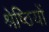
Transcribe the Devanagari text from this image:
श्रेष्ठियों